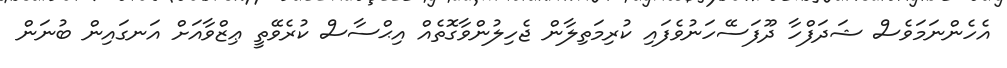
އެހެންނަމަވެސް ޝަދަފްހާ ދޫފަސޭހަނުވެފައި ކުރިމަތިލާން ޖެހިލުންވާގޮތެއް އިޙްސާސް ކުރެވޭތީ ޢިޒްވާއަށް އަނގައިން ބުނަން